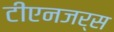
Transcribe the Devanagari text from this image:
टीएनजर्स